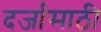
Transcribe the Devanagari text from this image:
दर्जासाठी